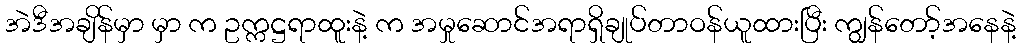
အဲဒီအချိန်မှာ မှာ က ဥက္ကဋ္ဌရာထူးနဲ့ က အမှုဆောင်အရာရှိချုပ်တာဝန်ယူထားပြီး ကျွန်တော့်အနေနဲ့